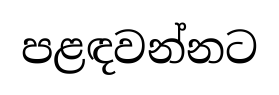
පළඳවන්නට